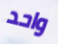
واحد